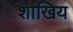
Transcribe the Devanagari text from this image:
शाखिय